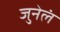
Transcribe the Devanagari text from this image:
जुनेलं